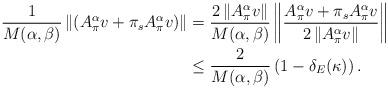
LaTeX: \begin{align*}\dfrac{1}{M(\alpha,\beta)} \left\lVert \left( A_\pi^\alpha v +\pi_s A_\pi^\alpha v \right)\right\rVert &= \dfrac{2 \left\lVert A_\pi^\alpha v \right\rVert }{M(\alpha,\beta)} \left\lVert \dfrac{ A_\pi^\alpha v +\pi_s A_\pi^\alpha v }{2\left\lVert A_\pi^\alpha v\right\rVert}\right\rVert\\&\le \dfrac{2}{M(\alpha,\beta)}\left(1-\delta_E(\kappa)\right).\end{align*}